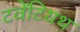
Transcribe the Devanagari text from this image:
टवेंटियथ